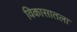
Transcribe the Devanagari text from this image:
विकासातला